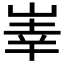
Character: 𱛱